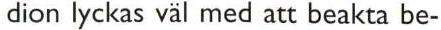
dion lyckas väl med att beakta be-